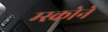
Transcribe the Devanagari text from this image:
म्स्कोने